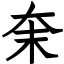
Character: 㭐